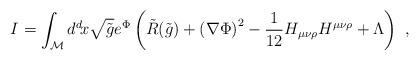
LaTeX: \begin{align*}I=\int_{\cal{M}} d^d \! x \sqrt{\tilde{g}} e^{\Phi} \left(\tilde{R}(\tilde{g}) + \left(\nabla \Phi \right)^2 - {1 \over 12}H_{\mu\nu\rho} H^{\mu\nu\rho} + \Lambda \right) \ , \end{align*}